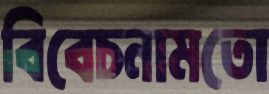
বিবেচনামতো